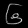
Digit: ၆